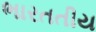
ભારતતીય